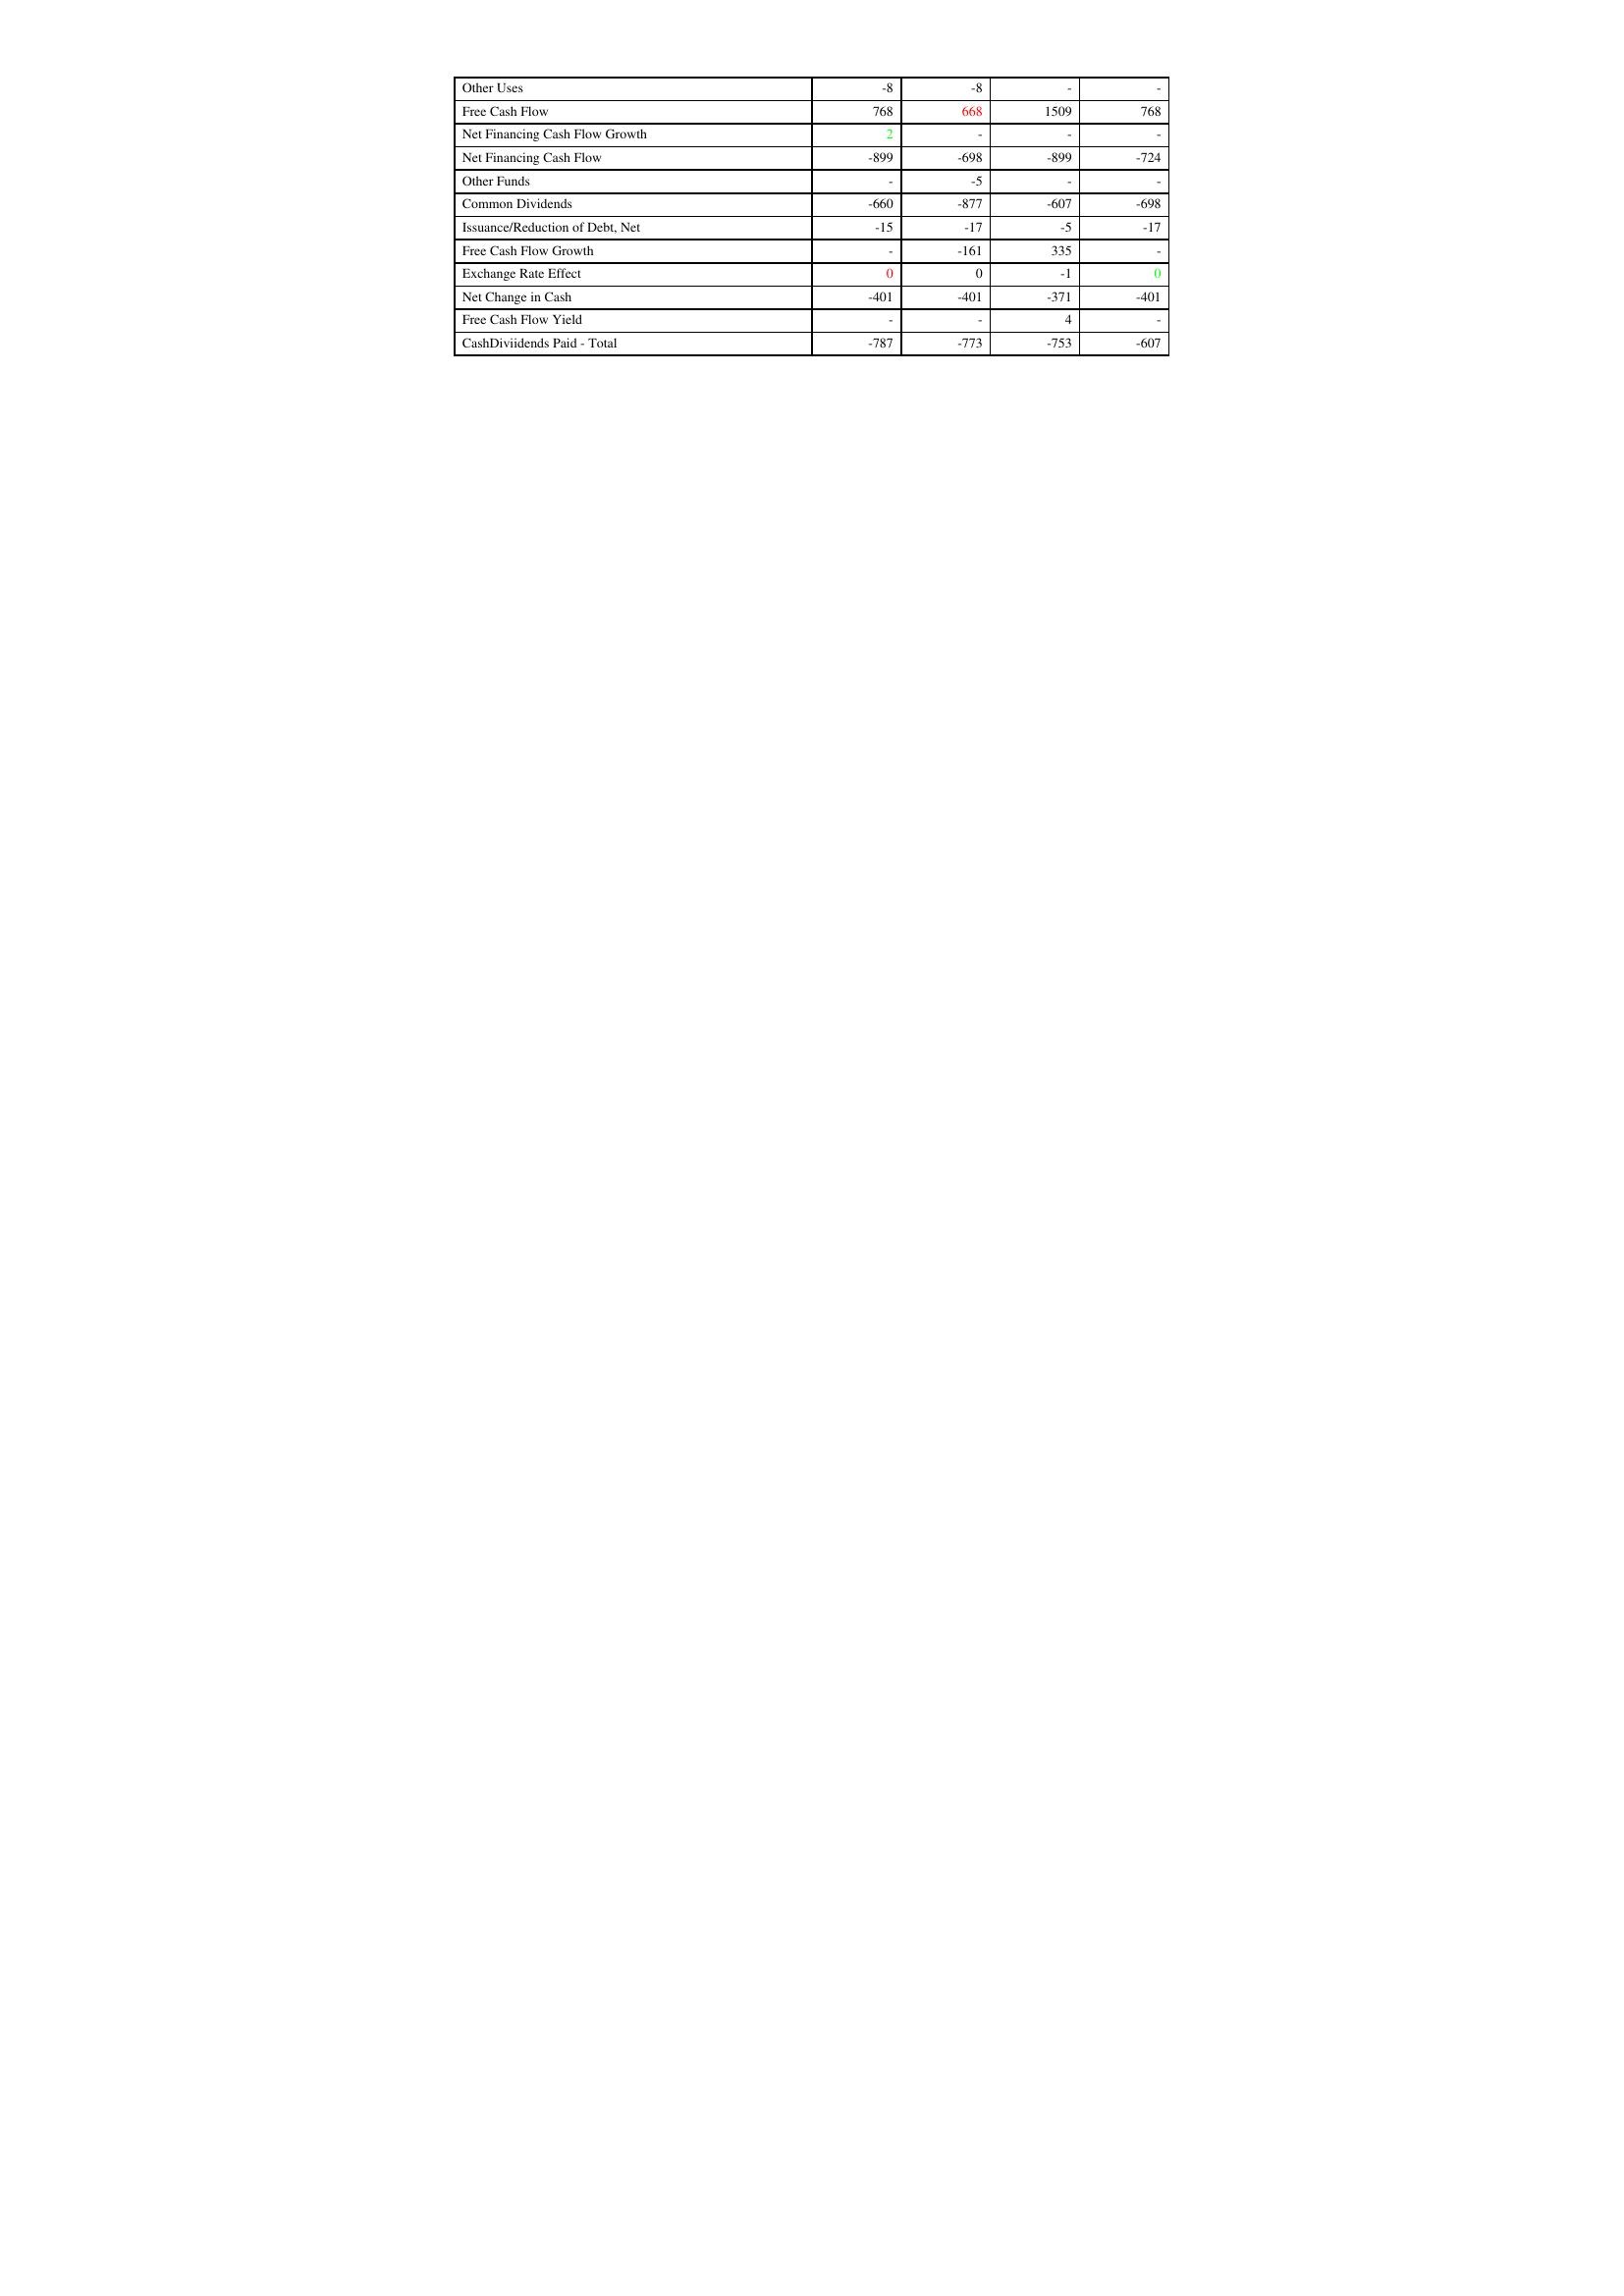
gt_parse: 2014: Financing Activities: Other Uses: -8
Free Cash Flow: 768
Net Financing Cash Flow Growth: 2
Net Financing Cash Flow: -899
Other Funds: -
Common Dividends: -660
Issuance/Reduction of Debt, Net: -15
Free Cash Flow Growth: -
Exchange Rate Effect: 0
Net Change in Cash: -401
Free Cash Flow Yield: -
CashDiviidends Paid - Total: -787
2015: Financing Activities: Other Uses: -8
Free Cash Flow: 668
Net Financing Cash Flow Growth: -
Net Financing Cash Flow: -698
Other Funds: -5
Common Dividends: -877
Issuance/Reduction of Debt, Net: -17
Free Cash Flow Growth: -161
Exchange Rate Effect: 0
Net Change in Cash: -401
Free Cash Flow Yield: -
CashDiviidends Paid - Total: -773
2016: Financing Activities: Other Uses: -
Free Cash Flow: 1509
Net Financing Cash Flow Growth: -
Net Financing Cash Flow: -899
Other Funds: -
Common Dividends: -607
Issuance/Reduction of Debt, Net: -5
Free Cash Flow Growth: 335
Exchange Rate Effect: -1
Net Change in Cash: -371
Free Cash Flow Yield: 4
CashDiviidends Paid - Total: -753
2017: Financing Activities: Other Uses: -
Free Cash Flow: 768
Net Financing Cash Flow Growth: -
Net Financing Cash Flow: -724
Other Funds: -
Common Dividends: -698
Issuance/Reduction of Debt, Net: -17
Free Cash Flow Growth: -
Exchange Rate Effect: 0
Net Change in Cash: -401
Free Cash Flow Yield: -
CashDiviidends Paid - Total: -607